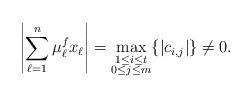
LaTeX: \begin{align*}\left|\sum_{\ell = 1}^n \mu_\ell^fx_\ell \right| = \max_{\substack{1 \leq i \leq t \\ 0 \leq j \leq m}}\{|c_{i, j}|\} \neq 0.\end{align*}